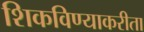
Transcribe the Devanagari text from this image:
शिकविण्याकरीता